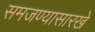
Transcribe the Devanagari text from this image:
समजण्यासारखे